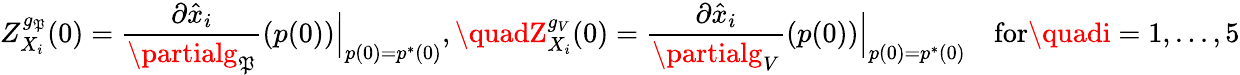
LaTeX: Z_{X_{i}}^{g_{\mathfrak{P}}}(0)=\frac{{\partial\hat{{x}}_{i}}}{{\partialg_{\mathfrak{P}}}}(p(0))\Big|_{p(0)=p^{*}(0)},\quadZ_{X_{i}}^{g_{V}}(0)=\frac{{\partial\hat{{x}}_{i}}}{{\partialg_{V}}}(p(0))\Big|_{p(0)=p^{*}(0)}\quad\mathrm{{for}}\quadi=1,...,5